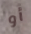
أو